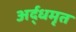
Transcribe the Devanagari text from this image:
अर्द्धमृत